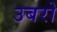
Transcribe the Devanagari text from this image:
उबरो